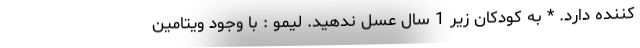
کننده دارد. * به کودکان زیر 1 سال عسل ندهید. لیمو : با وجود ویتامین